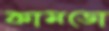
কামডো